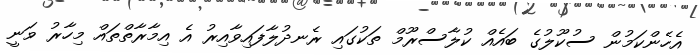
އެހެންކަމުން ސުކޫލުގެ ބައެއް ކުލާސްރޫމް ތަކުގައި ރެނދުލާފައިވާއިރު އެ އިމާާރާތްތައް މިހާރު ވަނީ